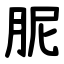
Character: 胒